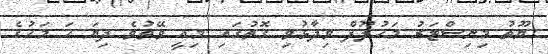
ޔޫތު މިނިސްޓަރު މަހުލޫފް ވިދާޅުވި ގޮތުގައި މިއީ ވޭތުވެ ދިޔަ ހަ މަހުގެ